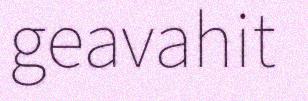
geavahit